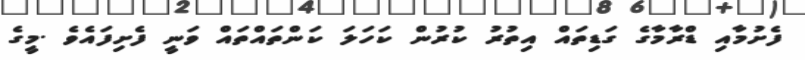
ފެށުމާއި ޑްރާމާގެ ގަޑިތައް އިތުރު ކުރުން ކަހަލަ ކަންތައްތައް ވަނީ ފެށިފައެވެ .މީގެ